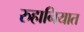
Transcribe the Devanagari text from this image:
रुहानियात